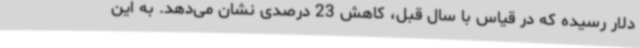
دلار رسیده که در قیاس با سال قبل، کاهش 23 درصدی نشان می‌دهد. به این